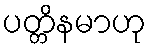
ပတ္တိနမာဟု